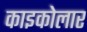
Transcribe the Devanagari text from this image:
काइकोलार